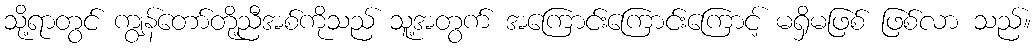
သို့ရာတွင် ကျွန်တော်တို့ညီအစ်ကိုသည် သူ့အတွက် အကြောင်းကြောင်းကြောင့် မရှိမဖြစ် ဖြစ်လာ သည်။